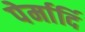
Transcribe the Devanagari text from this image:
पेर्मार्दि